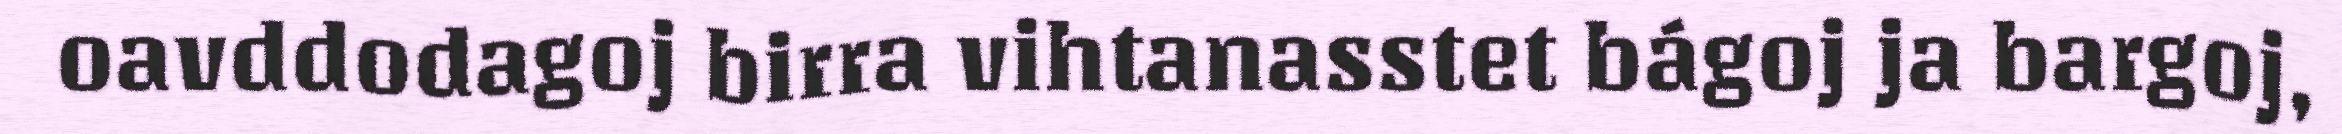
oavddodagoj birra vihtanasstet bágoj ja bargoj,